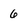
Character: 6